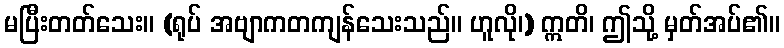
မပြီးတတ်သေး။ (ရုပ် အဗျာကတကျန်သေးသည်။ ဟူလို၊) ဣတိ၊ ဤသို့ မှတ်အပ်၏။